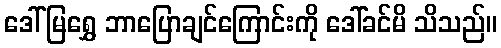
ဒေါ်မြရွှေ ဘာပြောချင်ကြောင်းကို ဒေါ်ခင်မိ သိသည်။